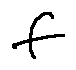
f